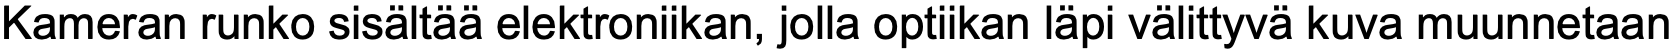
Kameran runko sisältää elektroniikan, jolla optiikan läpi välittyvä kuva muunnetaan